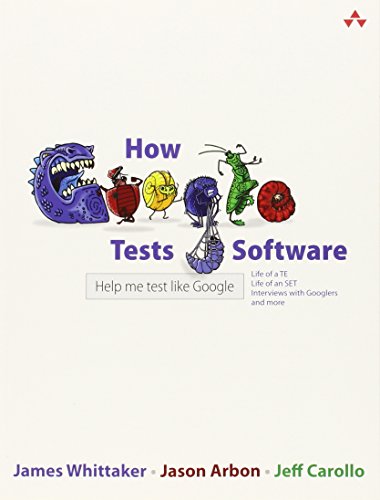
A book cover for How Google Tests Software; James A. Whittaker; Computers & Technology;